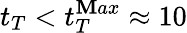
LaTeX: t_{T}<t_{T}^{\mathbf{M}ax}\approx10